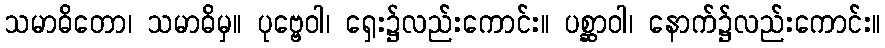
သမာဓိတော၊ သမာဓိမှ။ ပုဗ္ဗေဝါ၊ ရှေး၌လည်းကောင်း။ ပစ္ဆာဝါ၊ နောက်၌လည်းကောင်း။